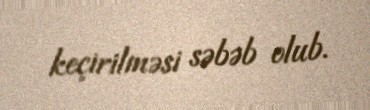
keçirilməsi səbəb olub.